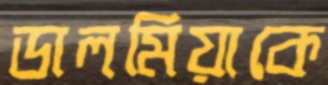
ডালমিয়াকে